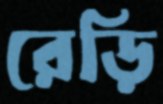
রেড়ি